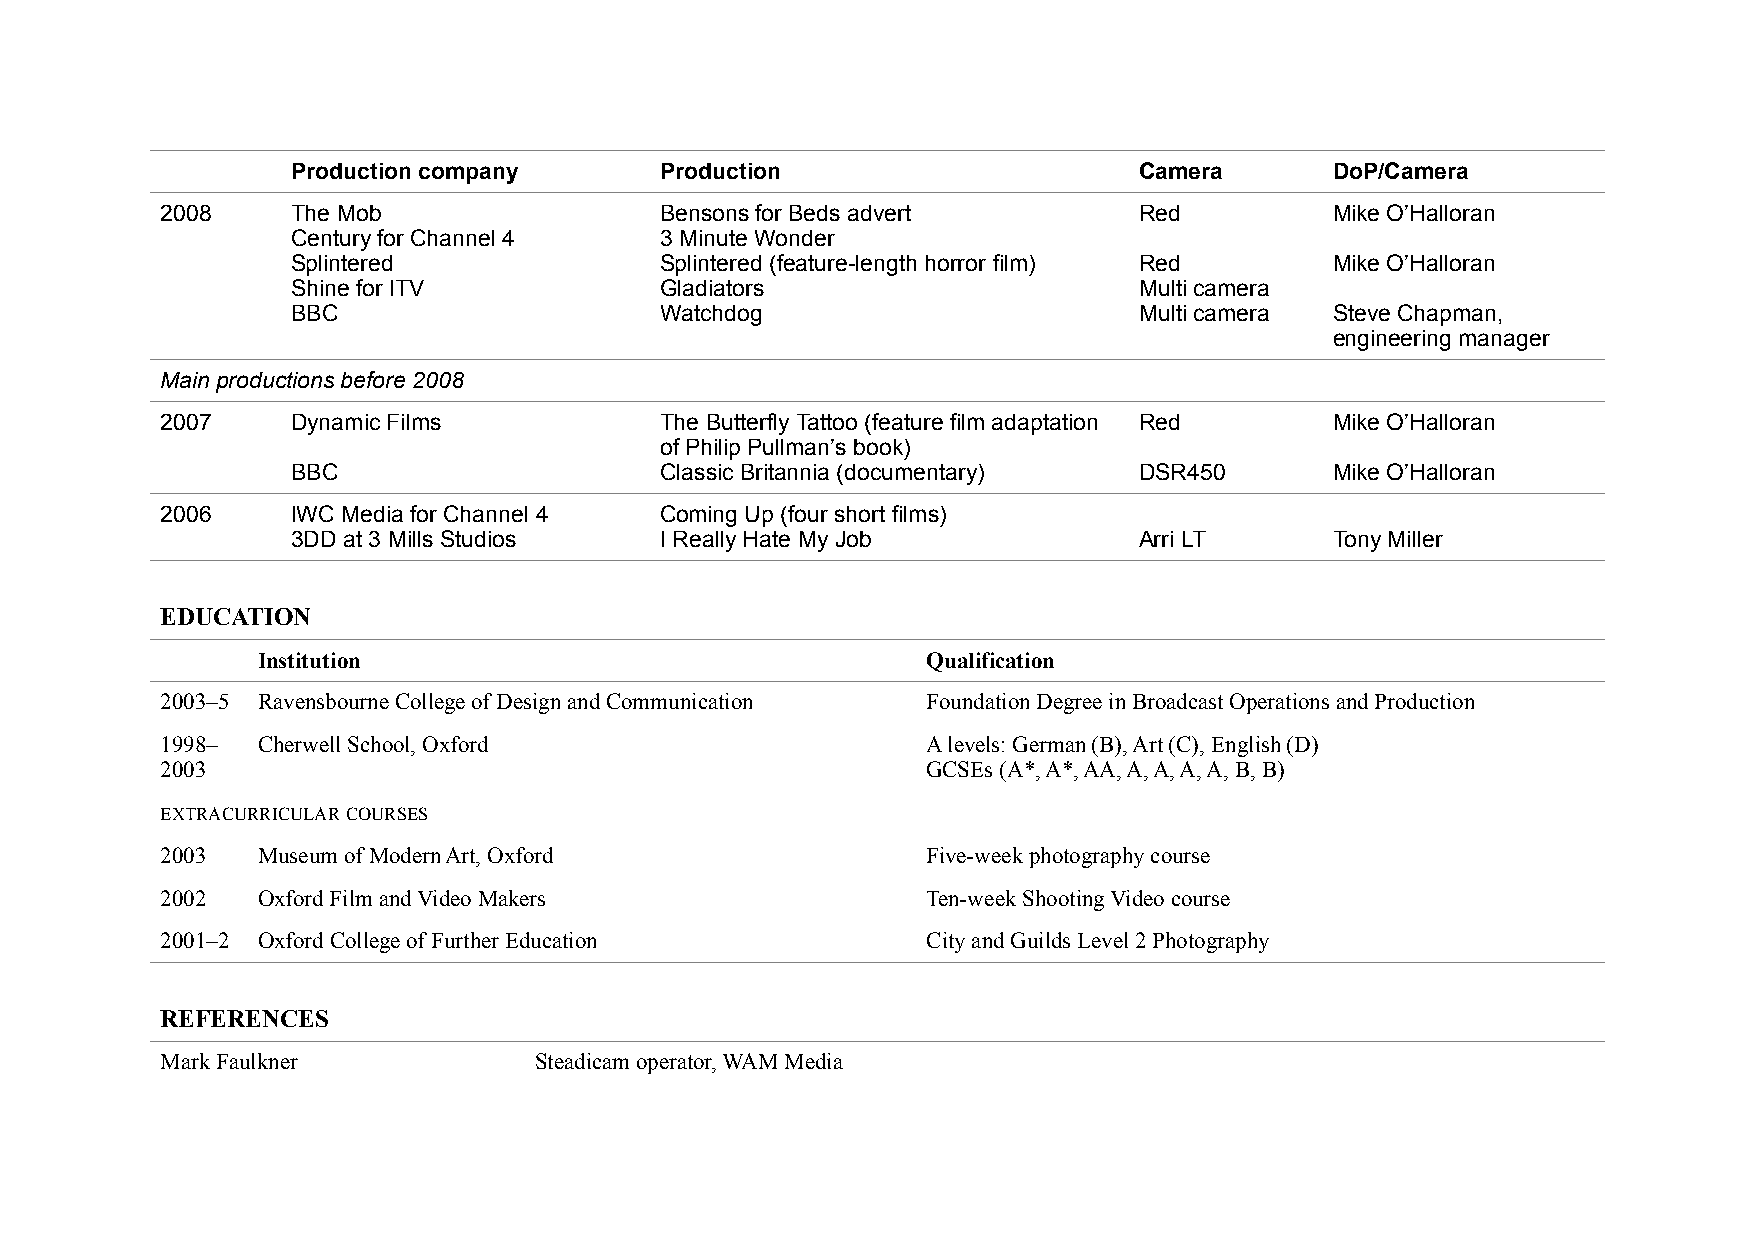
Production company       Production                     Camera       DoP/Camera
 2008    The Mob                  Bensons for Beds advert        Red          Mike O’Halloran
 Century for Channel 4    3 Minute Wonder
 Splintered               Splintered (feature-length horror film) Red Mike O’Halloran
 Shine for ITV            Gladiators                     Multi camera
 BBC                      Watchdog                       Multi camera Steve Chapman,
 engineering manager
 Main productions before 2008
 2007    Dynamic Films            The Butterfly Tattoo (feature film adaptation Red Mike O’Halloran
 of Philip Pullman’s book)
 BBC                      Classic Britannia (documentary) DSR450      Mike O’Halloran
 2006    IWC Media for Channel 4  Coming Up (four short films)
 3DD at 3 Mills Studios   I Really Hate My Job           Arri LT      Tony Miller
 EDUCATION
 Institution                                 Qualification
 2003–5 Ravensbourne College of Design and Communication Foundation Degree in Broadcast Operations and Production
 1998– Cherwell School, Oxford                     A levels: German (B), Art (C), English (D)
 2003                                              GCSEs (A*, A*, AA, A, A, A, A, B, B)
 EXTRACURRICULAR COURSES
 2003  Museum of Modern Art, Oxford                Five-week photography course
 2002  Oxford Film and Video Makers                Ten-week Shooting Video course
 2001–2 Oxford College of Further Education        City and Guilds Level 2 Photography
 REFERENCES
 Mark Faulkner           Steadicam operator, WAM Media